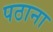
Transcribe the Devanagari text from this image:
पठाना